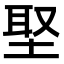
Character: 埾